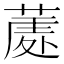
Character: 𮐣